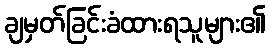
ချမှတ်ခြင်းခံထားရသူများ၏